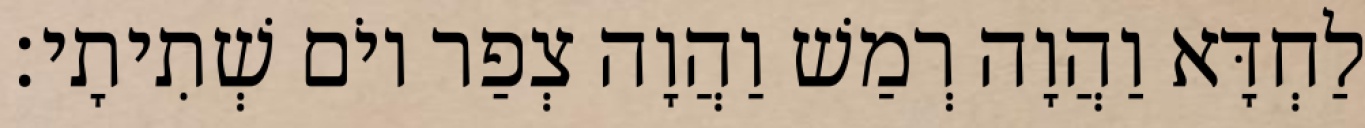
לַחְדָּא וַהֲוָה רְמַשׁ וַהֲוָה צְפַר יוֹם שְׁתִיתָי׃